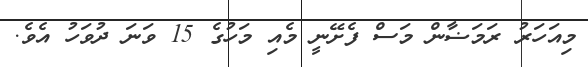
މިއަހަރު ރަމަޟާން މަސް ފެށޭނީ މެއި މަހުގެ 15 ވަނަ ދުވަހު އެވެ.